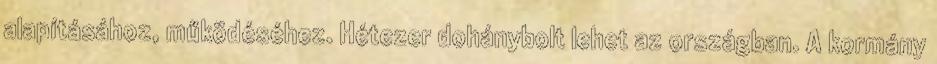
alapításához, működéséhez. Hétezer dohánybolt lehet az országban. A kormány